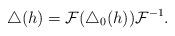
LaTeX: \begin{gather*}\bigtriangleup(h)=\mathcal{F}(\bigtriangleup_0(h))\mathcal{F}^{-1}.\end{gather*}